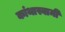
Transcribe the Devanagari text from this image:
कांथास्वामी